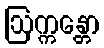
ဩက္ကန္တော